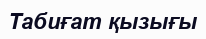
Табиғат қызығы